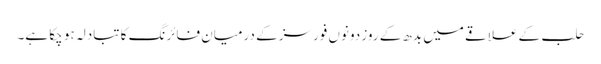
حلب کے علاقے میں بدھ کے روز دونوں فورسز کے درمیان فائرنگ کا تبادلہ ہو چکا ہے۔